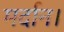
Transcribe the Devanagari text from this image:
मर्दान।